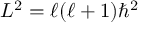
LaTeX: L ^ { 2 } = \ell ( \ell + 1 ) \hbar ^ { 2 }